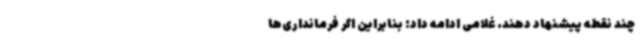
چند نقطه پیشنهاد دهند. غلامی ادامه داد: بنابراین اگر فرمانداری‌ها